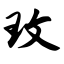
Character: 玟